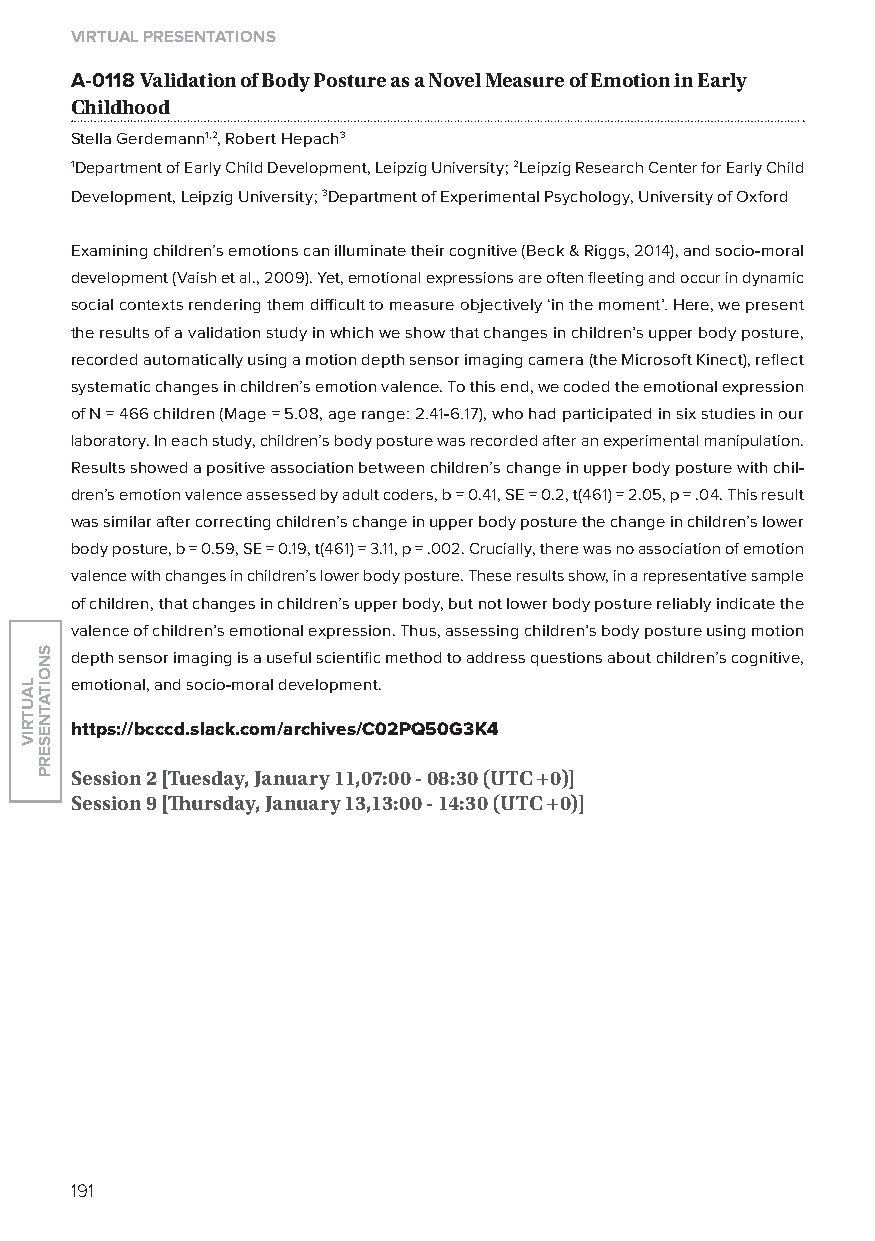
virtual presentations
 A-0118 validation of Body Posture as a novel measure of emotion in early
 Childhood
 Stella Gerdemann1,2, Robert Hepach3
 1Department of Early Child Development, leipzig University; 2leipzig Research Center for Early Child
 Development, leipzig University; 3Department of Experimental Psychology, University of oxford
 Examining children’s emotions can illuminate their cognitive (Beck & Riggs, 2014), and socio-moral
 development (Vaish et al., 2009). yet, emotional expressions are often fleeting and occur in dynamic
 social contexts rendering them difficult to measure objectively ‘in the moment’. Here, we present
 the results of a validation study in which we show that changes in children’s upper body posture,
 recorded automatically using a motion depth sensor imaging camera (the Microsoft Kinect), reflect
 systematic changes in children’s emotion valence. To this end, we coded the emotional expression
 of N = 466 children (Mage = 5.08, age range: 2.41-6.17), who had participated in six studies in our
 laboratory. In each study, children’s body posture was recorded after an experimental manipulation.
 Results showed a positive association between children’s change in upper body posture with chil-
 dren’s emotion valence assessed by adult coders, b = 0.41, SE = 0.2, t(461) = 2.05, p = .04. This result
 was similar after correcting children’s change in upper body posture the change in children’s lower
 body posture, b = 0.59, SE = 0.19, t(461) = 3.11, p = .002. Crucially, there was no association of emotion
 valence with changes in children’s lower body posture. These results show, in a representative sample
 of children, that changes in children’s upper body, but not lower body posture reliably indicate the
 valence of children’s emotional expression. Thus, assessing children’s body posture using motion
 depth sensor imaging is a useful scientific method to address questions about children’s cognitive,
 emotional, and socio-moral development.
 https://bcccd.slack.com/archives/C02pQ50G3k4
 session 2 [tuesday, January 11,07:00 - 08:30 (utC +0)]
 session 9 [Thursday, January 13,13:00 - 14:30 (utC +0)]
 191
 lautriv
 snoitatneserp